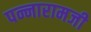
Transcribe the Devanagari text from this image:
पन्नारामजी